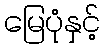
မြေပုံနှင့်